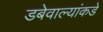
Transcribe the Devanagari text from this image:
डबेवाल्यांकडे